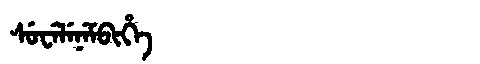
Manchu: ᠰᡠᠸᡝᠯᡝᠨᡝᠮᠪᡳᡥᡝ
Romanization: SUWELENEMBIHE